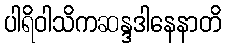
ပါရိဝါသိကဆန္ဒဒါနေနာတိ